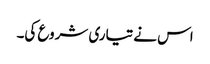
اس نے تیاری شروع کی۔